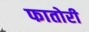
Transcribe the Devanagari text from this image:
फातोरी